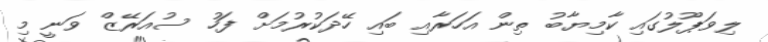
ލިވަޕޫލުގައި ކާމިޔާބު ތިން އަހަރާއި ބައި ހޭދަކުރުމަށް ފަހު ސުއަރޭޒް ވަނީ މި